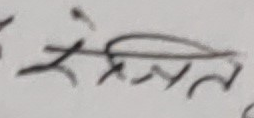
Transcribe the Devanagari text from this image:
संलग्न